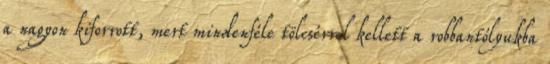
a nagyon kiforrott, mert mindenféle tölcsérrel kellett a robbantólyukba